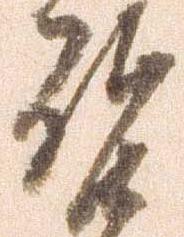
啓